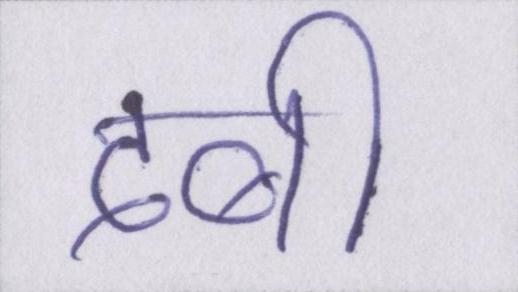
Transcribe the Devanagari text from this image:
दबी